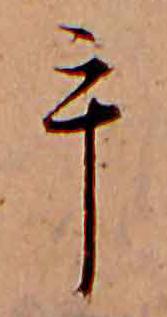
手